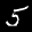
Label: 5